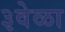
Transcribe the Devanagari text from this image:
३वेळा